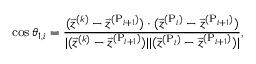
\cos \theta _ { 1 , i } = \frac { ( \vec { z } ^ { ( k ) } - \vec { z } ^ { ( \mathrm { P } _ { i + 1 } ) } ) \cdot ( \vec { z } ^ { ( \mathrm { P } _ { i } ) } - \vec { z } ^ { ( \mathrm { P } _ { i + 1 } ) } ) } { | ( \vec { z } ^ { ( k ) } - \vec { z } ^ { ( \mathrm { P } _ { i + 1 } ) } ) | | ( \vec { z } ^ { ( \mathrm { P } _ { i } ) } - \vec { z } ^ { ( \mathrm { P } _ { i + 1 } ) } ) | } ,